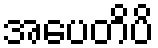
အပေတိပိ